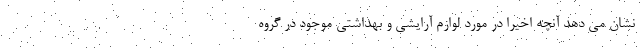
نشان می دهد آنچه اخیرا در مورد لوازم آرایشی و بهداشتی موجود در گروه